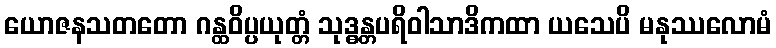
ယောဇနသတတော ဂန္ထဝိပ္ပယုတ္တံ သုဒ္ဓန္တပရိဝါသာဒိကထာ ယသေပိ မနုဿလောမံ